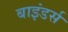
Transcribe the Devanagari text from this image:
बाइंडर्स